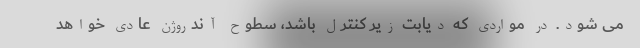
می شود. در مواردی که دیابت زیر کنترل باشد، سطوح آندروژن عادی خواهد